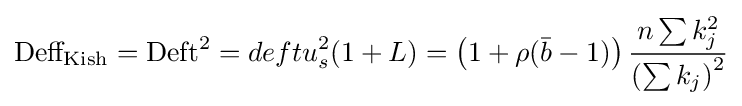
{\text{Deff}}_{\text{Kish}}={\text{Deft}}^{2}=deftu_{s}^{2}(1+L)=\left(1+\rho ({\bar {b}}-1)\right){\frac {n\sum {k_{j}^{2}}}{\left(\sum {k_{j}}\right)^{2}}}